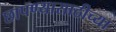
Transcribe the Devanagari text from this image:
छापण्यासाठीच्या